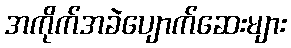
အကိုက်အခဲပျောက်ဆေးများ